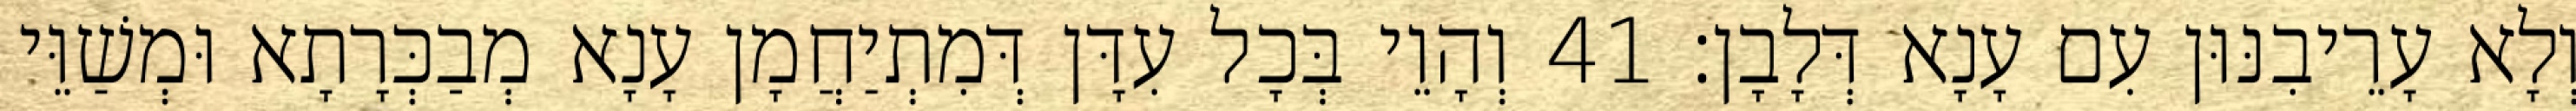
וְלָא עָרֵיבִנּוּן עִם עָנָא דְּלָבָן׃ 41 וְהָוֵי בְּכָל עִדָּן דְּמִתְיַחֲמָן עָנָא מְבַכְּרָתָא וּמְשַׁוֵּי